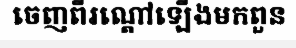
ចេញពីរណ្តៅឡើងមកពួន